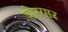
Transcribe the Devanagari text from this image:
पोरयार